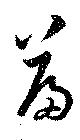
篇